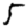
Digit: 5